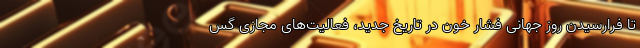
تا فرارسیدن روز جهانی فشار خون در تاریخ جدید، فعالیت‌های مجازی گس